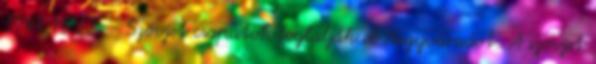
1944.10.12. - Szovjet csapatok foglalják el Nagyváradot. A szovjet